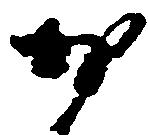
於